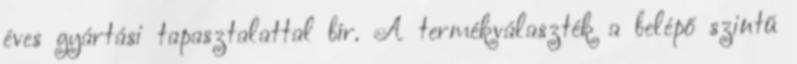
éves gyártási tapasztalattal bír. A termékválaszték a belépő szintű